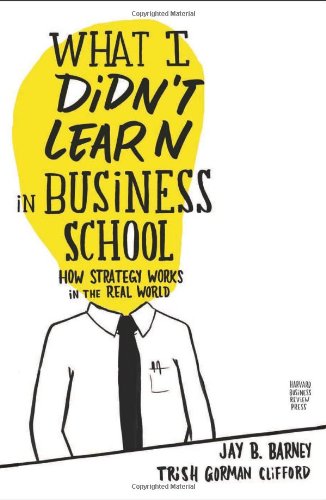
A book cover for What I Didn't Learn in Business School: How Strategy Works in the Real World; Jay Barney; Business & Money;